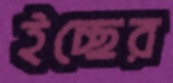
ইচ্ছের